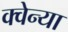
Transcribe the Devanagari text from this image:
क्वेन्या